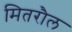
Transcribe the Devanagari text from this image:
मितरौल